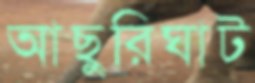
আছুরিঘাট